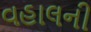
વહાલની